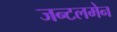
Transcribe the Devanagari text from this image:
जन्टलमेन